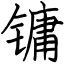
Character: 镛